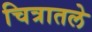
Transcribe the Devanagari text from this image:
चित्रातले